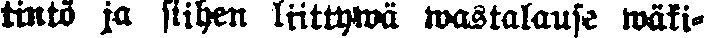
tintö ja siihen liittywä wastalause wäki-